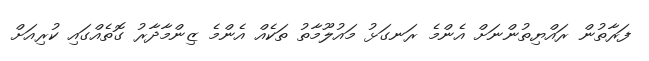
ފަރާތުން ރައްޔިތުންނަށް އެންމެ ރަނގަޅު މައުލޫމާތު ތަކެއް އެންމެ ޒިންމާދާރު ގޮތެއްގައި ކުރިއަށް